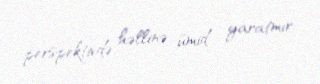
perspektivdə həllinə ümid yaratmır.